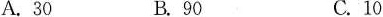
A.30B.90C.10